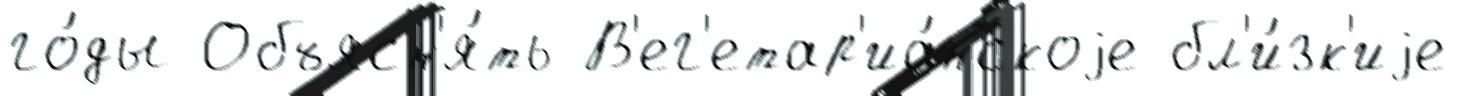
го́ды Объясн'я́ть В'ег'етар'иа́нскоjе бл'и́зк'иjе